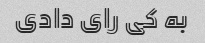
به کی رای دادی